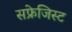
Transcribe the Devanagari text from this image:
सफ्रेजिस्ट